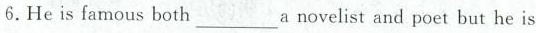
6.He is famous both___a novelist and poet but he is